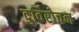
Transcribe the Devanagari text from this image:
दुर्विरोचन